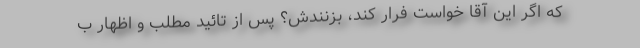
که اگر این آقا خواست فرار کند، بزنندش؟ پس از تائید مطلب و اظهار ب